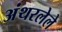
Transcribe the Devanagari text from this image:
अंथरलेले